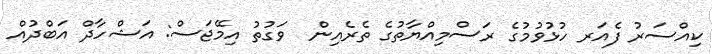
ކިއްސަރު ފެއަރ ހުޅުވުމުގެ ރަސްމިއްޔާތުގެ ތެރެއިން  ވަގުތު އިމޭޖަސް: އަޝްހާދް އަބްދުއް